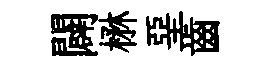
闢楙堊齒